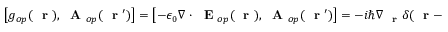
\left[ g _ { o p } ( \mathrm { ~ \bf ~ r ~ } ) , \mathrm { ~ \bf ~ A ~ } _ { o p } ( \mathrm { ~ \bf ~ r ~ } ^ { \prime } ) \right] = \left[ - \epsilon _ { 0 } \nabla \cdot \mathrm { ~ \bf ~ E ~ } _ { o p } ( \mathrm { ~ \bf ~ r ~ } ) , \mathrm { ~ \bf ~ A ~ } _ { o p } ( \mathrm { ~ \bf ~ r ~ } ^ { \prime } ) \right] = - i \hbar \nabla _ { \mathrm { ~ \bf ~ r ~ } } \delta ( \mathrm { ~ \bf ~ r ~ } - \mathrm { ~ \bf ~ r ~ } ^ { \prime } )